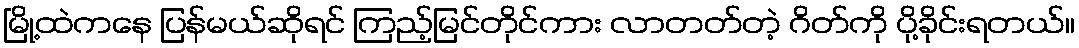
မြို့ထဲကနေ ပြန်မယ်ဆိုရင် ကြည့်မြင်တိုင်ကား လာတတ်တဲ့ ဂိတ်ကို ပို့ခိုင်းရတယ်။